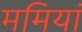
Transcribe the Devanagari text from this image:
ममियां